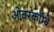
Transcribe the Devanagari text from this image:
ओवरकॉम्बे